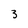
Character: 3